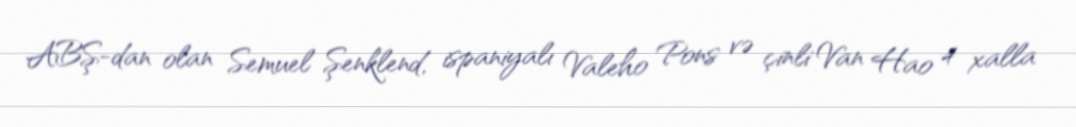
ABŞ-dan olan Semuel Şenklend, ispaniyalı Valeho Pons və çinli Van Hao 4 xalla